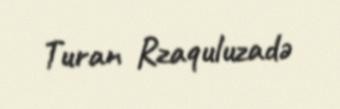
Turan Rzaquluzadə